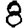
Digit: 8